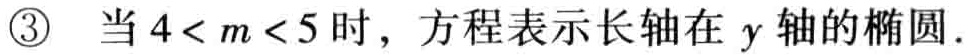
\textcircled{3} 当\(4 < m < 5\)时，方程表示长轴在 \(y\) 轴的椭圆.